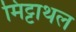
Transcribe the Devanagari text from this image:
मिट्टाथल